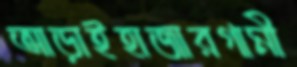
আড়াইহাজারগামী